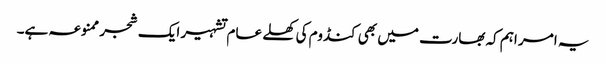
یہ امر اہم کہ بھارت میں بھی کنڈوم کی کھلے عام تشہیر ایک شجر ممنوعہ ہے۔